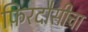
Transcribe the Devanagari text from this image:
फिरदौसीचा